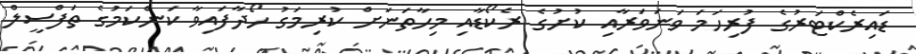
ޑައިރެކްޓަރުގެ ފުރިހަމަ ވަނަވަރާއި ކުށުގެ ރެކޯޑާއި މިހާތަނަށް ކުރިމަގު ހޯދާފައިވާ ކަންކަމުގެ ތަފްސީލް